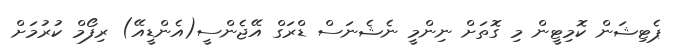
ޕެޓިޝަން ކޮމިޓީން މި ގޮތަށް ނިންމީ ނެޝެނަސް ޑްރަގް އޭޖެންސީ(އެންޑީއޭ) ރިފޯމް ކުރުމަށް